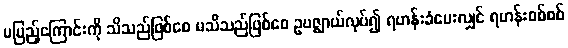
မပြည့်ကြောင်းကို သိသည်ဖြစ်စေ မသိသည်ဖြစ်စေ ဥပဇ္ဈာယ်လုပ်၍ ရဟန်းခံပေးလျှင် ရဟန်းစစ်စစ်